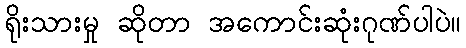
ရိုးသားမှု ဆိုတာ အကောင်းဆုံးဂုဏ်ပါပဲ။